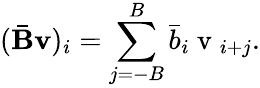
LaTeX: (\bar{\mathbf{B}}\mathbf{v})_{i}=\sum_{j=-B}^{B}\bar{b}_{i}\mathrm{~v~}_{i+j}.